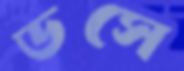
ডসে